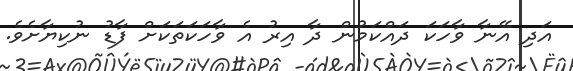
އަދި އޭނާ ވާހަކަ ދައްކަމުން ދާ އިރު އެ ވާހަކަތަކަށް ފާޑު ނުކިޔާށެވެ.